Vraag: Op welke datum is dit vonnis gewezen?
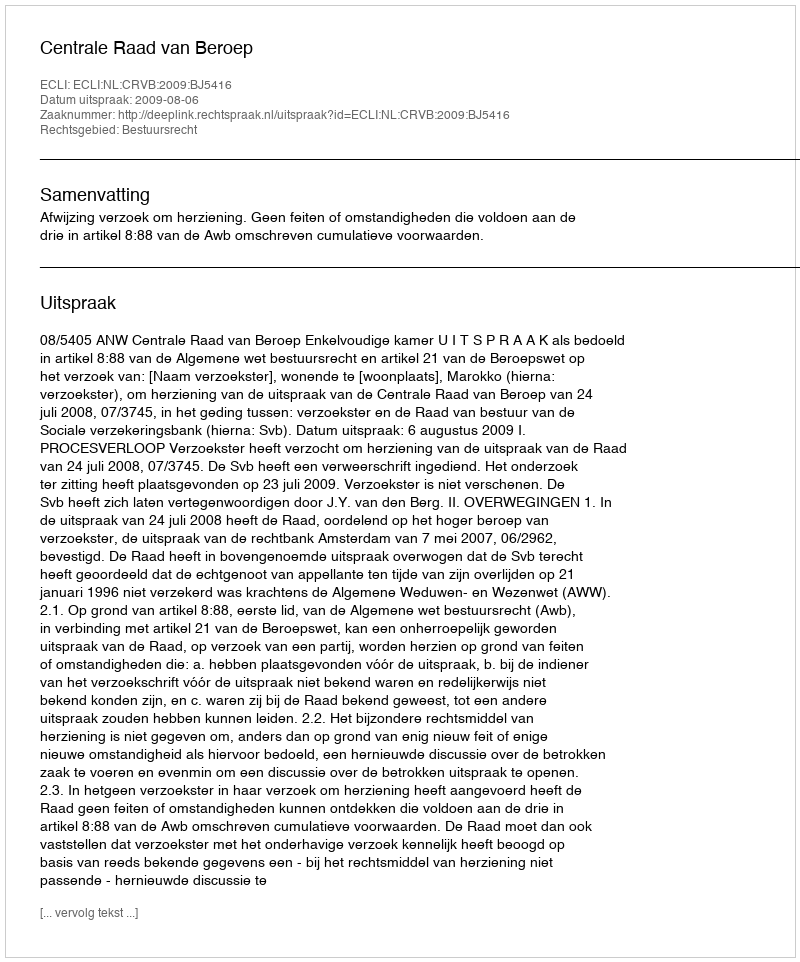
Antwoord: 2009-08-06